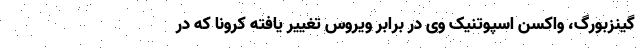
گینزبورگ، واکسن اسپوتنیک وی در برابر ویروس تغییر یافته کرونا که در